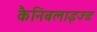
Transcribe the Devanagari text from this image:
कैनिबलाइज्ड